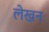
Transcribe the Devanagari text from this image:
लेखनः